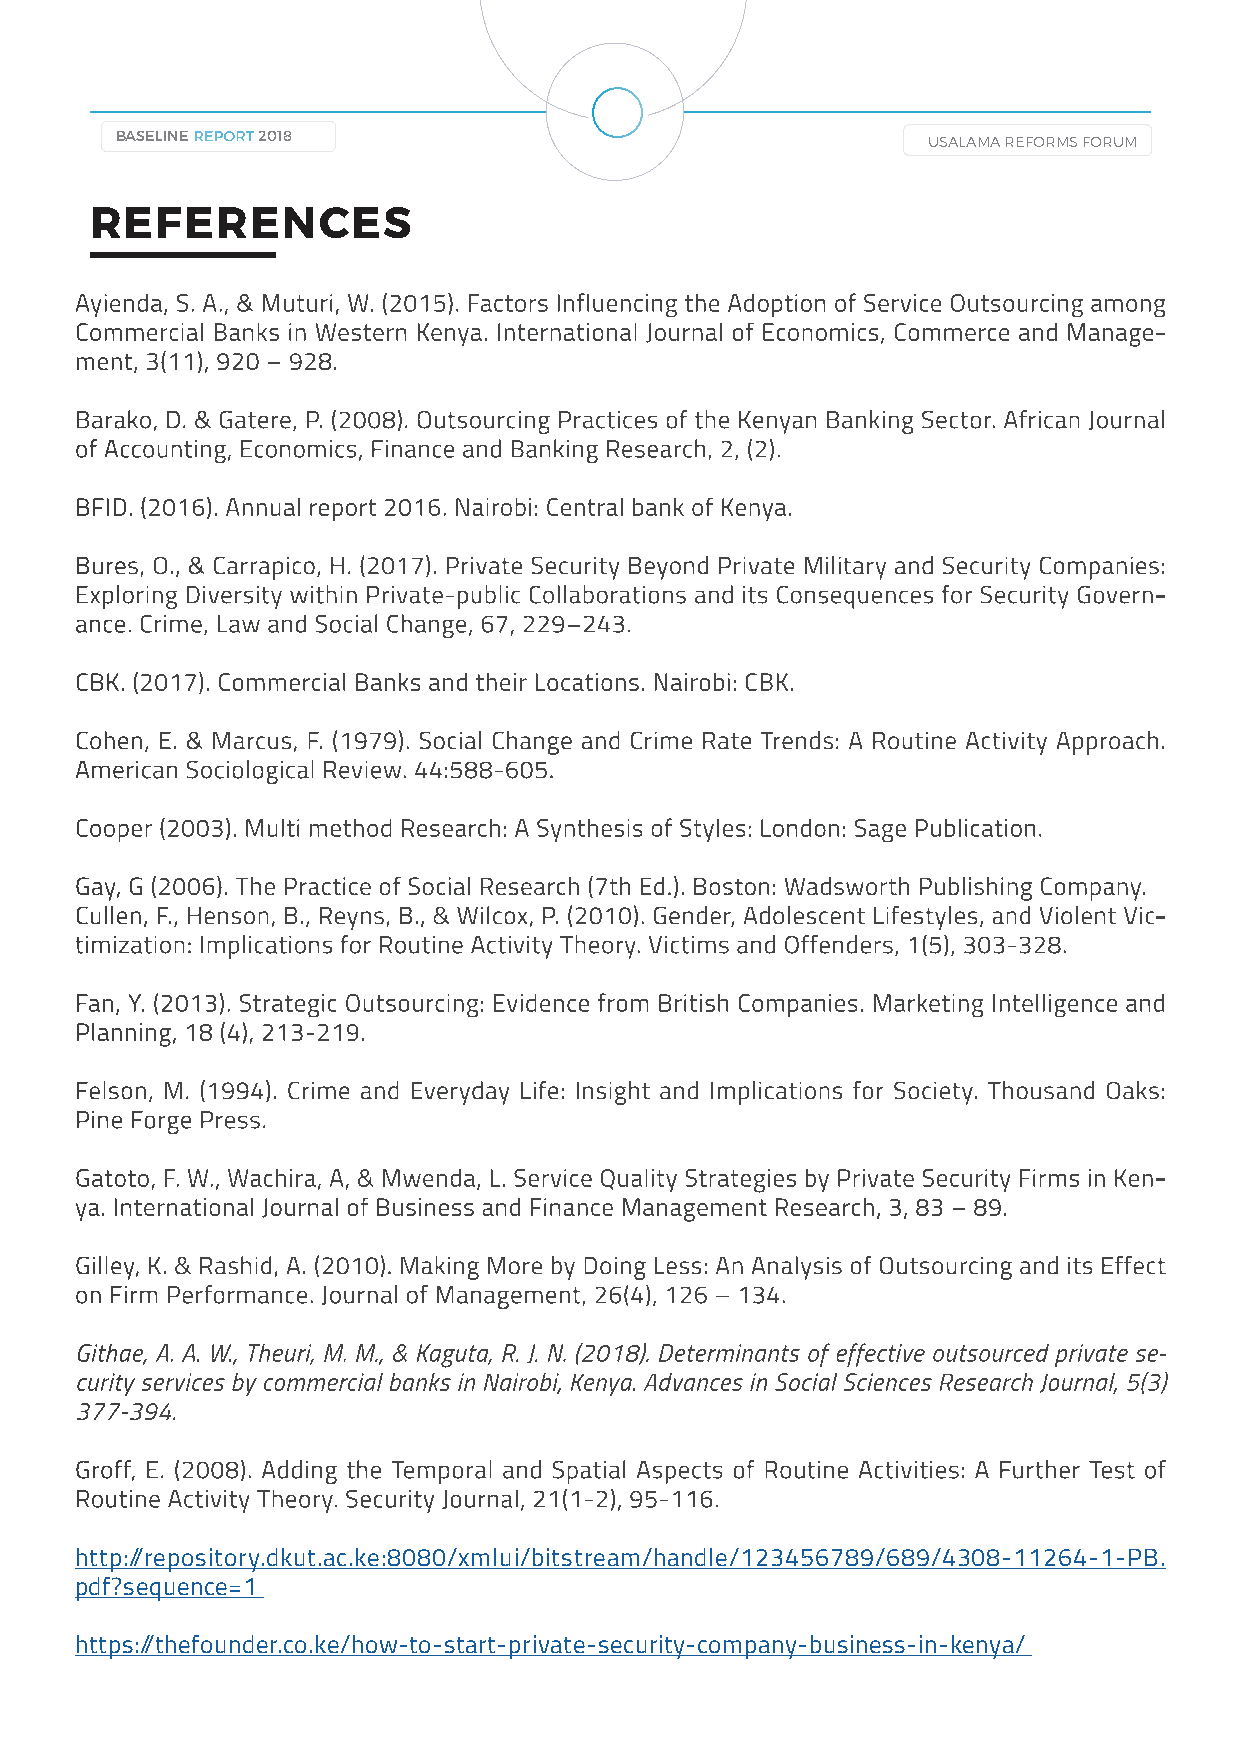
32
 BASELINE REPORT 2018                                 USALAMA REFORMS FORUM
 REFERENCES
 Ayienda, S. A., & Muturi, W. (2015). Factors Influencing the Adoption of Service Outsourcing among
 Commercial Banks in Western Kenya. International Journal of Economics, Commerce and Manage-
 ment, 3(11), 920 – 928.
 Barako, D. & Gatere, P. (2008). Outsourcing Practices of the Kenyan Banking Sector. African Journal
 of Accounting, Economics, Finance and Banking Research, 2, (2).
 BFID. (2016). Annual report 2016. Nairobi: Central bank of Kenya.
 Bures, O., & Carrapico, H. (2017). Private Security Beyond Private Military and Security Companies:
 Exploring Diversity within Private-public Collaborations and its Consequences for Security Govern-
 ance. Crime, Law and Social Change, 67, 229–243.
 CBK. (2017). Commercial Banks and their Locations. Nairobi: CBK.
 Cohen, E. & Marcus, F. (1979). Social Change and Crime Rate Trends: A Routine Activity Approach.
 American Sociological Review. 44:588-605.
 Cooper (2003). Multi method Research: A Synthesis of Styles: London: Sage Publication.
 Gay, G (2006). The Practice of Social Research (7th Ed.). Boston: Wadsworth Publishing Company.
 Cullen, F., Henson, B., Reyns, B., & Wilcox, P. (2010). Gender, Adolescent Lifestyles, and Violent Vic-
 timization: Implications for Routine Activity Theory. Victims and Offenders, 1(5), 303-328.
 Fan, Y. (2013). Strategic Outsourcing: Evidence from British Companies. Marketing Intelligence and
 Planning, 18 (4), 213-219.
 Felson, M. (1994). Crime and Everyday Life: Insight and Implications for Society. Thousand Oaks:
 Pine Forge Press.
 Gatoto, F. W., Wachira, A, & Mwenda, L. Service Quality Strategies by Private Security Firms in Ken-
 ya. International Journal of Business and Finance Management Research, 3, 83 – 89.
 Gilley, K. & Rashid, A. (2010). Making More by Doing Less: An Analysis of Outsourcing and its Effect
 on Firm Performance. Journal of Management, 26(4), 126 – 134.
 Githae, A. A. W., Theuri, M. M., & Kaguta, R. J. N. (2018). Determinants of effective outsourced private se-
 curity services by commercial banks in Nairobi, Kenya. Advances in Social Sciences Research Journal, 5(3)
 377-394.
 Groff, E. (2008). Adding the Temporal and Spatial Aspects of Routine Activities: A Further Test of
 Routine Activity Theory. Security Journal, 21(1-2), 95-116.
 http://repository.dkut.ac.ke:8080/xmlui/bitstream/handle/123456789/689/4308-11264-1-PB.
 pdf?sequence=1
 https://thefounder.co.ke/how-to-start-private-security-company-business-in-kenya/